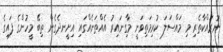
ނުރައްކާތެރި މި މައްސަލަ ކުރިމަތިވަނީ މާގިނައިރު އެއްތަނެއްގައި އިށީނދެގެން ތިބޭ މީހުންގެ ފައިގެ